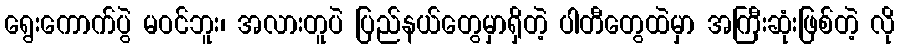
ရွေးကောက်ပွဲ မဝင်ဘူး၊ အလားတူပဲ ပြည်နယ်တွေမှာရှိတဲ့ ပါတီတွေထဲမှာ အကြီးဆုံးဖြစ်တဲ့ လို